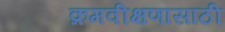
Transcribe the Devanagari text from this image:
क्रमवीक्षणासाठी